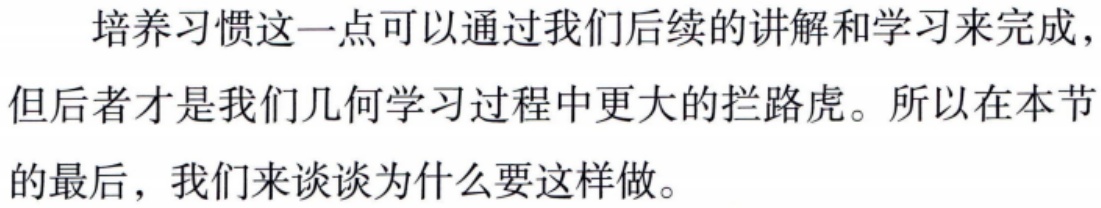
培养习惯这一点可以通过我们后续的讲解和学习来完成，但后者才是我们几何学习过程中更大的拦路虎。所以在本节的最后，我们来谈谈为什么要这样做。